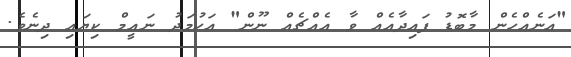
"އަނެއްހެން މާބޮޑު ފައިދާއެއް ވާ އެއްޗެއް ނޫން" އަހުމަދު ނައީމް ކިޔައި ދިނެވެ.